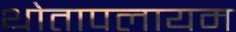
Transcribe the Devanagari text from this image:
थोतापलायम